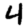
Digit: 4